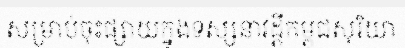
សម្រាប់ចុះផ្សាយក្នុងទស្សនាវដ្តីកម្ពុជសុរិយា